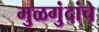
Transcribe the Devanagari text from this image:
मुळगुंदांचे